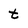
Character: t